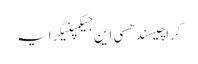
کراچیسندھسی این جیکمپنیکرایہ